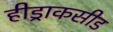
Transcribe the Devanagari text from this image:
हीड्राकसीड